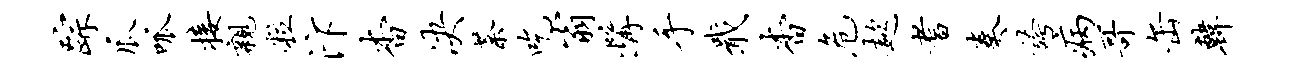
踪瓜呱接亲粒汴杳决荼吃翁髯手戢杳危趑耆奏夸病哥缶韩